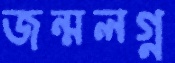
জন্মলগ্ন